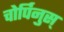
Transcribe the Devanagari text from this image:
चोर्पिनुस्